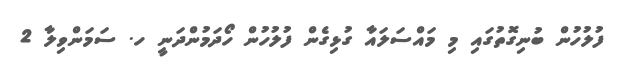
ފުލުހުން ބުނިގޮތުގައި މި މައްސަލައާ ގުޅިގެން ފުލުހުން ހޯދަމުންދަނީ ހ. ސަމަންވިލާ 2